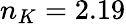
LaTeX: n_{K}=2.19